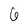
Character: 6